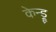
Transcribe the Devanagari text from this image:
केन्ड्रू